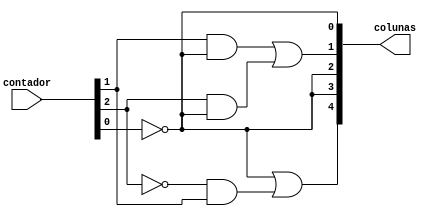
module quadro_7(contador, colunas);
	input [2:0] contador;
	output [4:0] colunas;
	
	wire not_a, not_b, not_c;
	wire and0, and1, and2;
	
	// A = contador[2]
	// B = contador[1]
	// C = contador[0]
	
	// Inverte os bits do contador para obter as variveis A, B e C
	not(not_a, contador[2]);
	not(not_b, contador[1]);
	not(not_c, contador[0]);
	
	//Calcula a funo lgica para as cinco colunas
	
	// C0 = C'
	assign colunas[0] = not_c;
	
	// C1 = B.C' + A.C'
	and(and0, contador[1], not_c);
	and(and1, contador[2], not_c);
	or(colunas[1], and0, and1);
	
	// C2 = C'
	assign colunas[2] = not_c;
	
	// C3 = C'
	assign colunas[3] = not_c;
	
	// C4 = C'+ A'B
	and(and2, not_a, contador[1]);
	or(colunas[4], not_c, and2);
	
endmodule